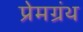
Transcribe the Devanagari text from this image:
प्रेमग्रंथ